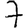
Digit: 7